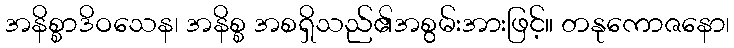
အနိစ္စာဒိဝသေန၊ အနိစ္စ အစရှိသည်၏အစွမ်းအားဖြင့်။ တနုကောဇနော၊